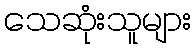
သေဆုံးသူများ